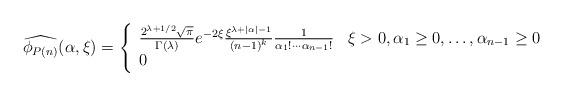
LaTeX: \begin{align*} \widehat{\phi_{P(n)}}(\alpha,\xi) = \left\{\begin{array}{ll} \frac{2^{\lambda+1/2}\sqrt{\pi}}{\Gamma(\lambda)} e^{-2\xi} \frac{\xi^{\lambda+|\alpha|-1}}{(n-1)^k} \frac{1}{\alpha_1!\cdots \alpha_{n-1}!} & \xi>0,\alpha_1\geq 0,\ldots, \alpha_{n-1}\geq 0 \\ 0 & \end{array}\right.\end{align*}